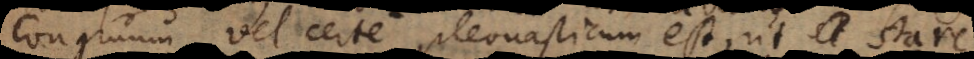
congruum vel certe pleonasticum est, ut stare